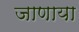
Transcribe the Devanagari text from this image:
जाणाया